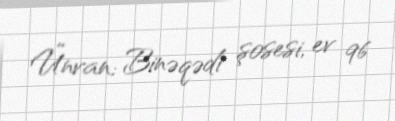
Ünvan: Binəqədi şosesi, ev 96